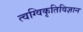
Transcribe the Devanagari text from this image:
त्वग्विकृतिविज्ञान